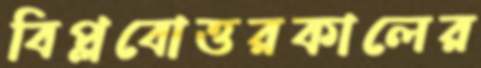
বিপ্লবোত্তরকালের